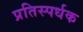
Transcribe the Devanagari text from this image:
प्रतिस्पर्धक